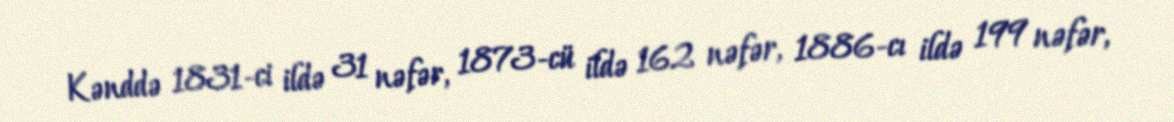
Kənddə 1831-ci ildə 31 nəfər, 1873-cü ildə 162 nəfər, 1886-cı ildə 199 nəfər,